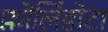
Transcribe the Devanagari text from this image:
फ़ोलिंडोटा